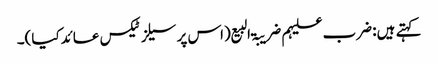
کہتے ہیں: ضرب علیہم ضریبۃ البیع (اس پر سیلز ٹیکس عائدکیا)۔